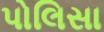
પોલિસા